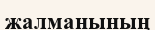
жалманының